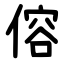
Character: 傛